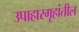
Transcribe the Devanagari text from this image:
उपाहारगृहांतील